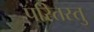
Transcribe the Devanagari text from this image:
परितस्तु